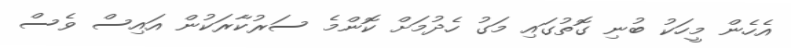
އެހެން މީހަކު ބުނި ގޮތުގައި މަގު ހެދުމަށް ކޮންމެ ސަރުކާރަކުން އައިސް ވެސް